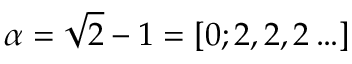
\alpha = \sqrt { 2 } - 1 = [ 0 ; 2 , 2 , 2 \ldots ]